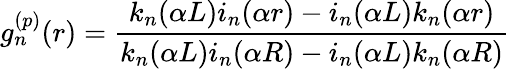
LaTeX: g_{n}^{(p)}(r)=\frac{k_{n}(\alpha L)i_{n}(\alpha r)-i_{n}(\alpha L)k_{n}(\alpha r)}{k_{n}(\alpha L)i_{n}(\alpha R)-i_{n}(\alpha L)k_{n}(\alpha R)}